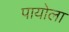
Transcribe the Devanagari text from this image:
पायोला